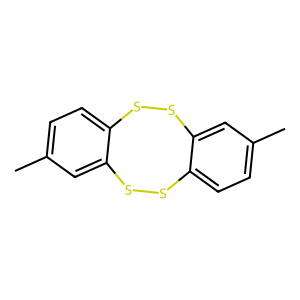
SMILES: Cc1ccc2c(c1)SSc1ccc(C)cc1SS2
Inhibits HIV replication: No